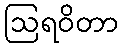
ဩရဝိတာ